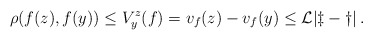
\begin{align*}\rho (f(z), f(y)) \le V_{y}^{z} (f) = v_f(z)- v_f(y) \le \cal{L} |z-y|\,. \end{align*}